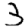
Digit: 3